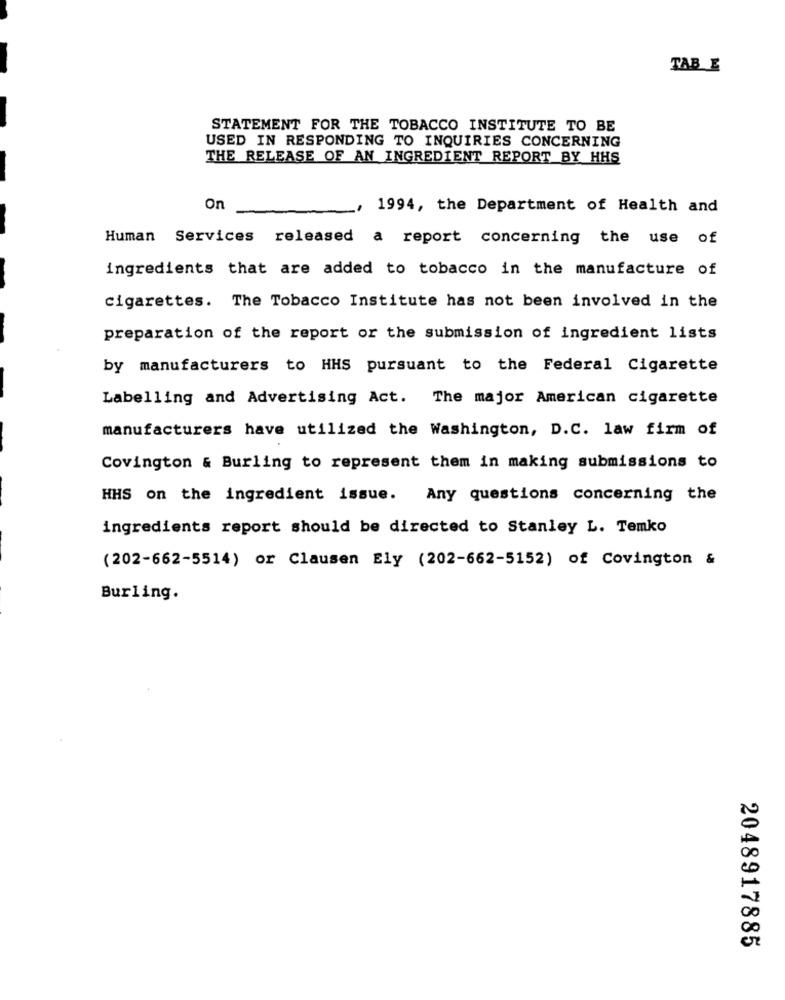
TAB E
STATEMENT FOR THE TOBACCO INSTITUTE TO BE
USED IN RESPONDING TO INQUIRIES CONCERNING
THE RELEASE OF AN INGREDIENT REPORT BY HHS
On
1994, the Department of Health and
Human Services released a report concerning the use of
ingredients that are added to tobacco in the manufacture of
cigarettes. The Tobacco Institute has not been involved in the
preparation of the report or the submission of ingredient lists
by manufacturers to HHS pursuant to the Federal Cigarette
Labelling and Advertising Act. The major American cigarette
manufacturers have utilized the Washington, D.C. law firm of
Covington & Burling to represent them in making submissions to
HHS on the ingredient issue. Any questions concerning the
ingredients report should be directed to Stanley L. Temko
(202-662-5514) or Clausen Ely (202-662-5152) of Covington &
Burling.
2048917885